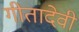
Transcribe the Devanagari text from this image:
गीतादेवी